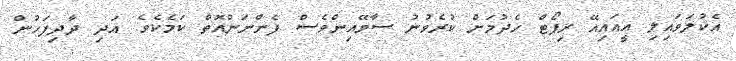
އެކުލަވައިލި އީއައިއޭ ރިޕޯޓް ހެދުމަށް ކުރެވުނު ސާވޭއިންވެސް ފެންނަންއޮތް ކަމެކެވެ. އަދި ދާދިފަހުން